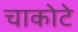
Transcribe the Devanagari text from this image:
चाकोटे